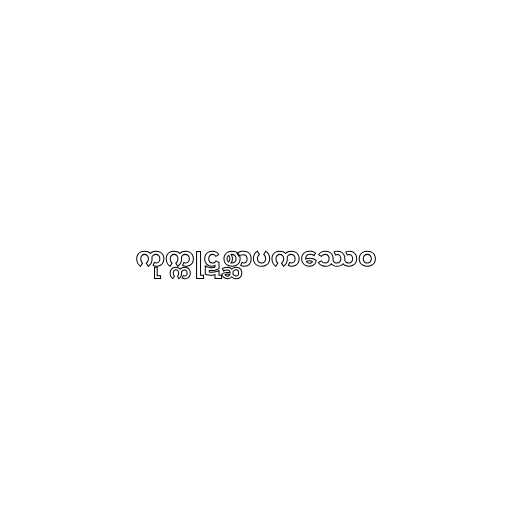
ကုက္ကုဋစ္ဆာပကဿေဝ